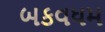
બકવધમ